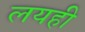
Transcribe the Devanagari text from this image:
लयही